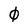
Character: 0